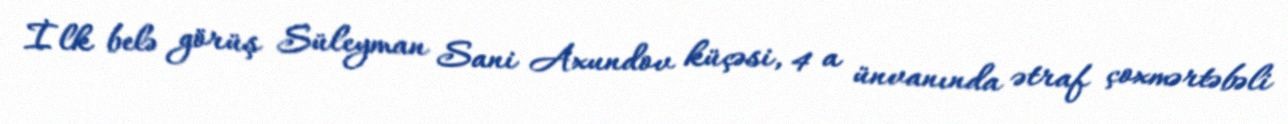
İlk belə görüş Süleyman Sani Axundov küçəsi, 4 a ünvanında ətraf çoxmərtəbəli